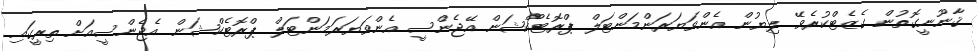
ޤާނޫނީގޮތުން ގެޒެޓްކުރެވޭ ލިޔުން އެންވަޔަރަންމަންޓަލް ޕްރޮޓެކްޝަން އޭޖެންސީ އެންވަޔަރަމަންޓަލް ޕްރޮޓެކްޝަން އެޖެންސީއަށް ތިރީގައި